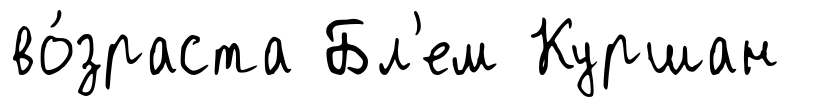
во́зраста Бл'ем Куршан